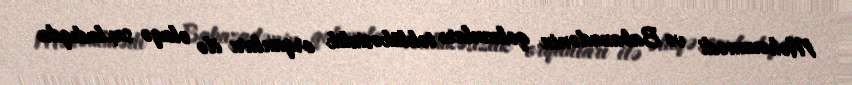
Məhəmmədi və Babazadənin qohumları təhlükəsizlik orqanları ilə əlaqə saxladıqda